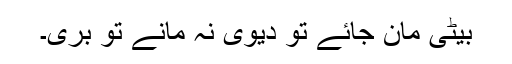
بیٹی مان جائے تو دیوی نہ مانے تو بری۔